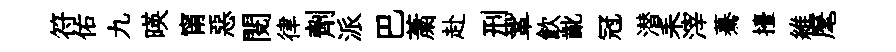
符佑九暎甯惡閲律劑派巴䔥赴刑鞏飲齔冠潜耒滓驀擡維麾